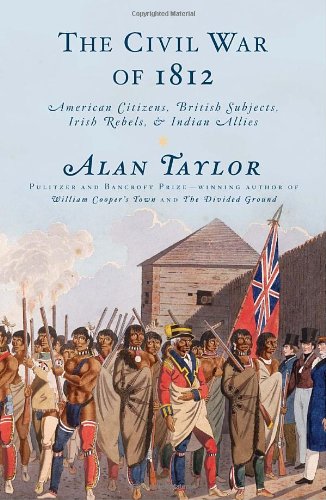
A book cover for The Civil War of 1812: American Citizens, British Subjects, Irish Rebels, & Indian Allies; Alan Taylor; History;